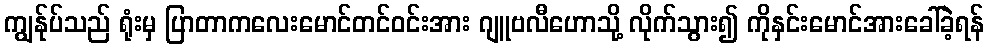
ကျွန်ုပ်သည် ရုံးမှ ပြာတာကလေးမောင်တင်ဝင်းအား ဂျူဗလီဟောသို့ လိုက်သွား၍ ကိုနှင်းမောင်အားခေါ်ခဲ့ရန်